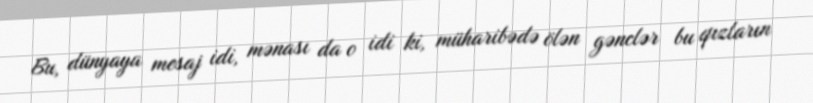
Bu, dünyaya mesaj idi, mənası da o idi ki, müharibədə ölən gənclər bu qızların